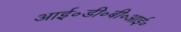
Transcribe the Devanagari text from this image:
आई॰डी॰बी॰आई॰